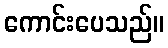
ကောင်းပေသည်။